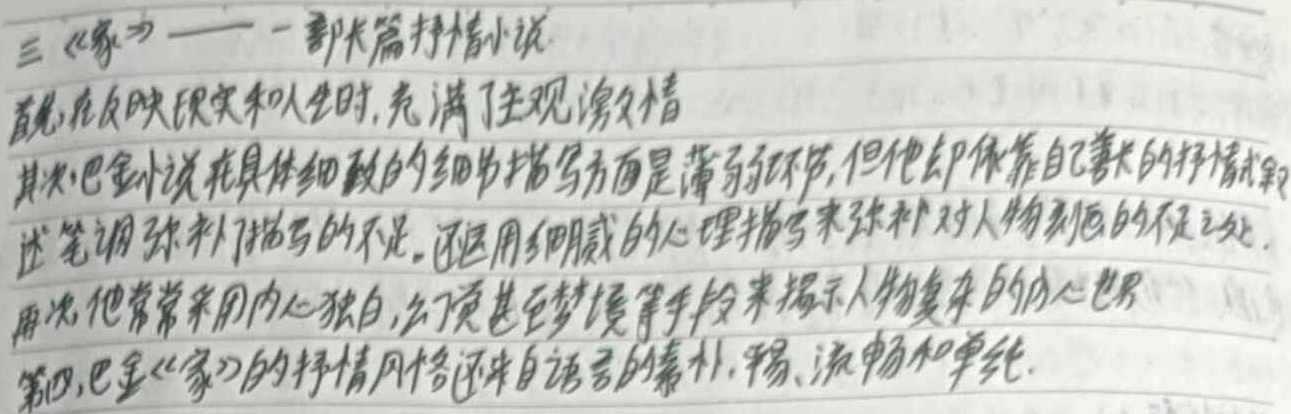
《家》是一部长篇抒情小说。首先，在反映现实和人生时，它充满了主观抒情。其次，巴金小说在具体细致的细节描写方面存在薄弱环节，但他依靠自己擅长的抒情叙述笔调弥补了描写的不足，还运用细腻的心理描写来弥补对人物刻画的不足之处。再次，他常常采用内心独白、幻觉甚至梦境等手段来揭示人物复杂的内心世界。第四，巴金《家》的抒情风格还来自语言的素朴、平易、流畅和单纯。